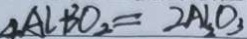
\Delta A l + 3 O _ { 2 } = 2 A l _ { 2 } O _ { 3 }